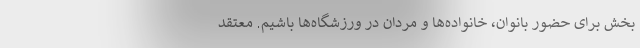
بخش برای حضور بانوان، خانواده‌ها و مردان در ورزشگاه‌ها باشیم. معتقد